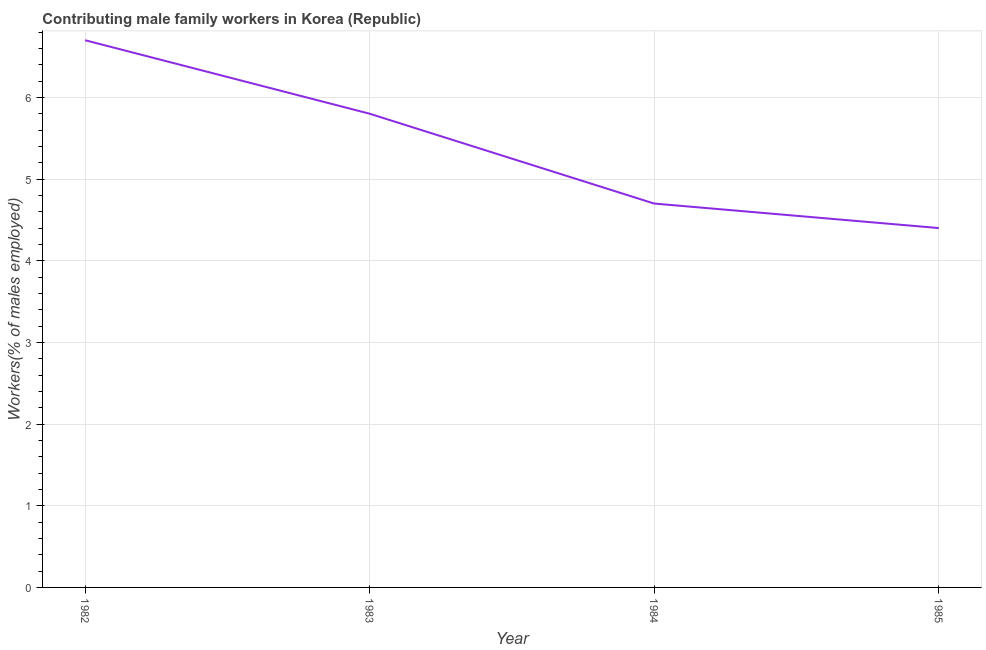
| Year | Contributing family workers |
 | --- | --- |
 | 1982 | 6.7 |
 | 1983 | 5.8 |
 | 1984 | 4.7 |
 | 1985 | 4.4 |